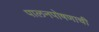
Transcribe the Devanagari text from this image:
पालनपोषणाची